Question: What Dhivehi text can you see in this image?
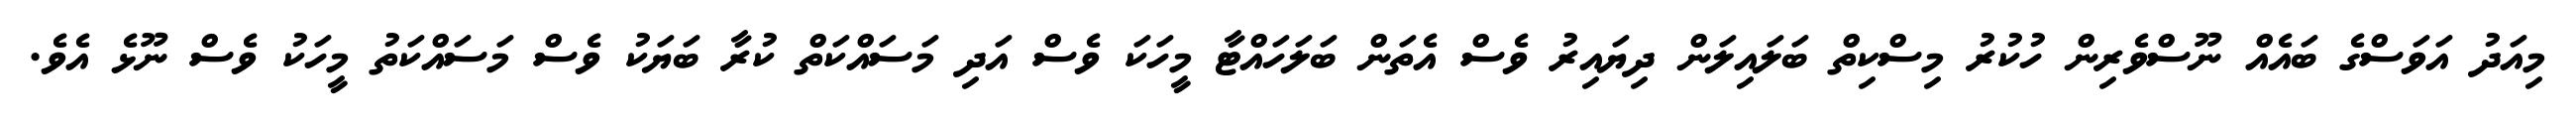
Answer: މިއަދު އަވަސްގެ ބައެއް ނޫސްވެރިން ހުކުރު މިސްކިތް ބަލައިލަން ދިޔައިރު ވެސް އެތަން ބަލަހައްޓާ މީހަކަ ވެސް އަދި މަސައްކަތް ކުރާ ބަޔަކު ވެސް މަސައްކަތު މީހަކު ވެސް ނޫޅެ އެވެ.